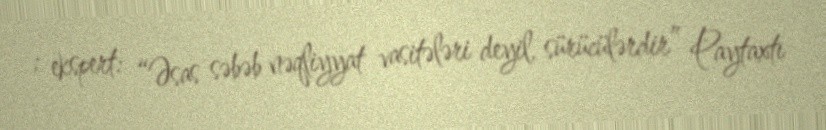
; ekspert: “Əsas səbəb nəqliyyat vasitələri deyil, sürücülərdir” Paytaxtı